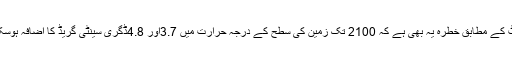
رپورٹ کے مطابق خطرہ یہ بھی ہے کہ 2100 تک زمین کی سطح کے درجہ حرارت میں 3.7اور 4.8ڈگری سینٹی گریڈ کا اضافہ ہوسکتا ہے۔